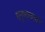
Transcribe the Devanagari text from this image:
मनुष्यत्वाची